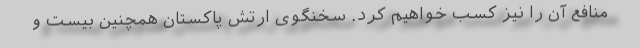
منافع آن را نیز کسب خواهیم کرد. سخنگوی ارتش پاکستان همچنین بیست و